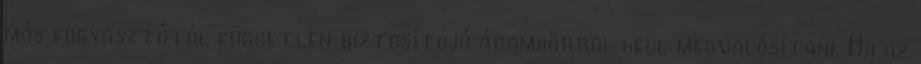
más fogyasztótól független biztosítójú áramkörrõl kell megvalósítani. Ha az